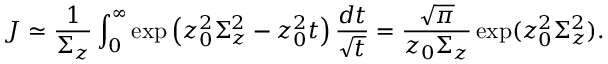
J \simeq \frac { 1 } { \Sigma _ { z } } \int _ { 0 } ^ { \infty } \exp \left( z _ { 0 } ^ { 2 } \Sigma _ { z } ^ { 2 } - z _ { 0 } ^ { 2 } t \right) \frac { d t } { \sqrt { t } } = \frac { \sqrt { \pi } } { z _ { 0 } \Sigma _ { z } } \exp ( z _ { 0 } ^ { 2 } \Sigma _ { z } ^ { 2 } ) .